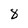
Character: 8